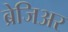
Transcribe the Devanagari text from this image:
ब्रेजिअर